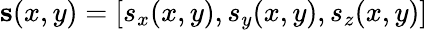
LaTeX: \mathbf{s}(x,y)=[s_{x}(x,y),s_{y}(x,y),s_{z}(x,y)]